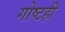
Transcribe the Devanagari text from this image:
गोष्टही